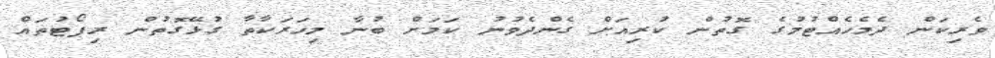
ވެރިކަން ދެމެހެއްޓުމުގެ ގޮތުން ކުރިއަށް ގެންދެވުނު ކަމަށް ބުނާ މިހަރަކާތާ ގުޅޭގޮތުން ރިޕޯޓުތައް